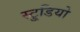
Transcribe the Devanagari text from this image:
स्टु्डियो